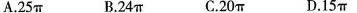
A.25π B.24π C.20π D.15π